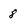
Character: 8